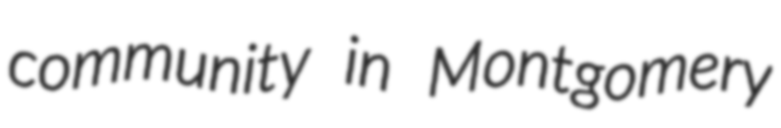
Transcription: community in Montgomery